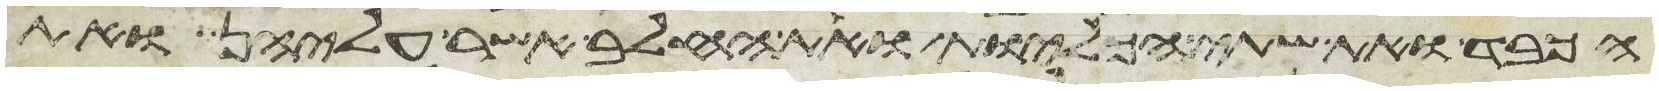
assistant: הכבד ואת שתי הכליות ואת החלב אשר עליהן ואת